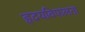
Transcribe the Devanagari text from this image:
हृदयविफलता